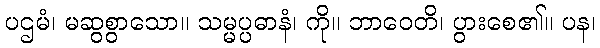
ပဌမံ၊ မဆွစွာသော။ သမ္မပ္ပဓာနံ၊ ကို။ ဘာဝေတိ၊ ပွားစေ၏။ ပန၊